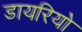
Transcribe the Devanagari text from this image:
डायरियो